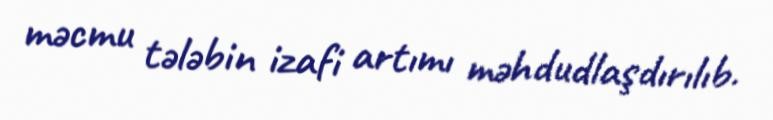
məcmu tələbin izafi artımı məhdudlaşdırılıb.